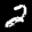
Label: 2